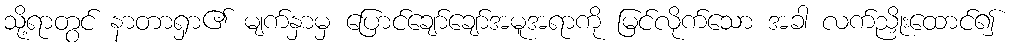
သို့ရာတွင် နာတာရှာ၏ မျက်နှာမှ ပြောင်ချော်ချော်အမူအရာကို မြင်လိုက်သော အခါ လက်ညှိုးထောင်၍